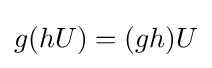
g(hU)=(gh)U